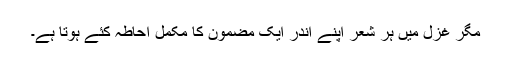
مگر غزل میں ہر شعر اپنے اندر ایک مضمون کا مکمل احاطہ کِئے ہوتا ہے۔